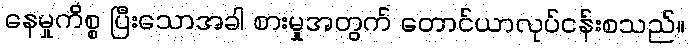
နေမှုကိစ္စ ပြီးသောအခါ စားမှုအတွက် တောင်ယာလုပ်ငန်းစသည်။